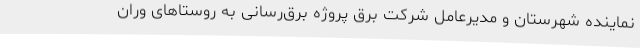
نماینده شهرستان و مدیرعامل شرکت برق پروژه برق‌رسانی به روستاهای وران